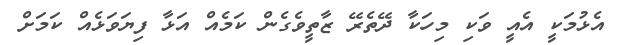
އެޅުމަކީ އެއީ ވަކި މިހަކާ ދޭތެރޭ ޒާތީވެގެން ކަމެއް އަޅާ ފިޔަވަޅެއް ކަމަށް